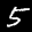
Label: 5